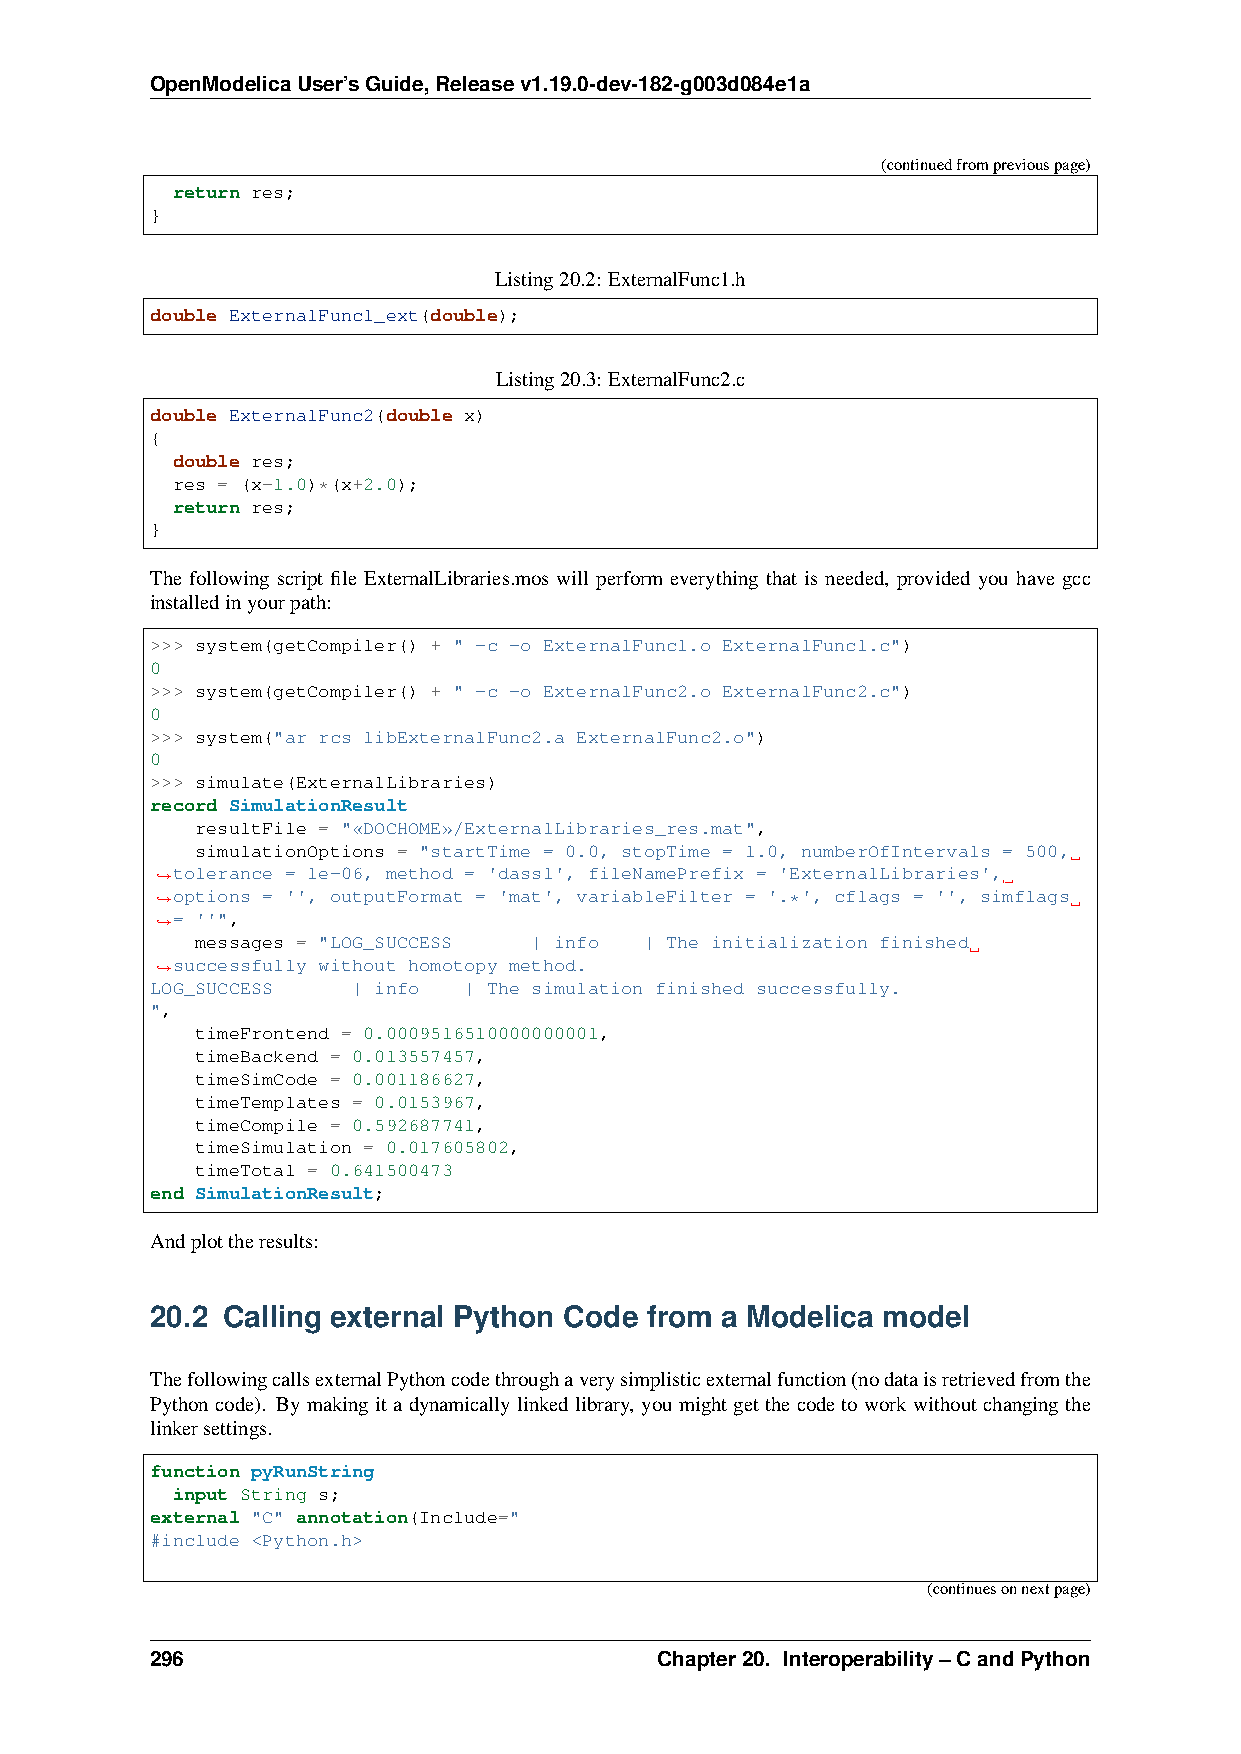
OpenModelicaUser’sGuide,Releasev1.19.0-dev-182-g003d084e1a
 (continuedfrompreviouspage)
 return res;
 }
 Listing20.2: ExternalFunc1.h
 double ExternalFunc1_ext(double);
 Listing20.3: ExternalFunc2.c
 double ExternalFunc2(double x)
 {
 double res;
 res = (x-1.0)*(x+2.0);
 return res;
 }
 The following script file ExternalLibraries.mos will perform everything that is needed, provided you have gcc
 installedinyourpath:
 >>> system(getCompiler() + " -c -o ExternalFunc1.o ExternalFunc1.c")
 0
 >>> system(getCompiler() + " -c -o ExternalFunc2.o ExternalFunc2.c")
 0
 >>> system("ar rcs libExternalFunc2.a ExternalFunc2.o")
 0
 >>> simulate(ExternalLibraries)
 record SimulationResult
 resultFile = "«DOCHOME»/ExternalLibraries_res.mat",
 simulationOptions = "startTime = 0.0, stopTime = 1.0, numberOfIntervals = 500,
 tolerance = 1e-06, method = 'dassl', fileNamePrefix = 'ExternalLibraries',
 ˓→
 ˓→options = '', outputFormat = 'mat', variableFilter = '.*', cflags = '', simflags
 = ''",
 ˓→
 messages = "LOG_SUCCESS | info | The initialization finished
 successfully without homotopy method.
 ˓→
 LOG_SUCCESS  | info  | The simulation finished successfully.
 ",
 timeFrontend = 0.0009516510000000001,
 timeBackend = 0.013557457,
 timeSimCode = 0.001186627,
 timeTemplates = 0.0153967,
 timeCompile = 0.592687741,
 timeSimulation = 0.017605802,
 timeTotal = 0.641500473
 end SimulationResult;
 Andplottheresults:
 20.2 Calling external Python Code from a Modelica model
 ThefollowingcallsexternalPythoncodethroughaverysimplisticexternalfunction(nodataisretrievedfromthe
 Python code). By makingit a dynamicallylinked library, youmight get thecode to work withoutchanging the
 linkersettings.
 function pyRunString
 input String s;
 external "C" annotation(Include="
 #include <Python.h>
 (continuesonnextpage)
 296                               Chapter20. Interoperability–CandPython